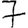
Digit: 7